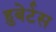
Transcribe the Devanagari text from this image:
हुबेर्टस